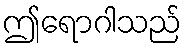
ဤရောဂါသည်